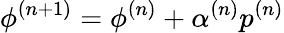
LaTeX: \phi^{(n+1)}=\phi^{(n)}+\alpha^{(n)}p^{(n)}